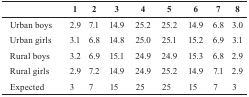
|  | 1 | 2 | 3 | 4 | 5 | 6 | 7 | 8 |
 | --- | --- | --- | --- | --- | --- | --- | --- | --- |
 | Urban boys | 2.9 | 7.1 | 14.9 | 25.2 | 25.2 | 14.9 | 6.8 | 3.0 |
 | Urban girls | 3.1 | 6.8 | 14.8 | 25.0 | 25.1 | 15.2 | 6.9 | 3.1 |
 | Rural boys | 3.2 | 6.9 | 15.1 | 24.9 | 24.9 | 15.3 | 6.8 | 2.9 |
 | Rural girls | 2.9 | 7.2 | 14.9 | 24.9 | 25.2 | 14.9 | 7.1 | 2.9 |
 | Expected | 3 | 7 | 15 | 25 | 25 | 15 | 7 | 3 |